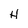
Character: H